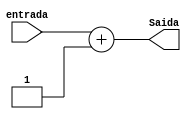
module Soma1bitSai3(entrada,Saida);


input wire[2:0]entrada;
output wire[2:0]Saida;


assign Saida = entrada + 1;


endmodule